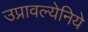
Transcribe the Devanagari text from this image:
उप्रावल्येनिये